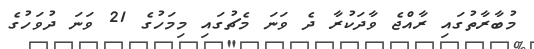
މުބާރާތުގައި ރާއްޖެ ވާދަކުރާ ދެ ވަނަ މެޗުގައި މިމަހުގެ 21 ވަނަ ދުވަހުގެ